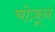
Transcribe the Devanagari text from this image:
चोज़ून